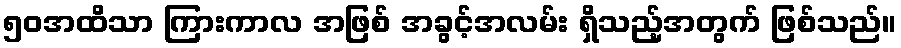
၅၀အထိသာ ကြားကာလ အဖြစ် အခွင့်အလမ်း ရှိသည့်အတွက် ဖြစ်သည်။